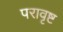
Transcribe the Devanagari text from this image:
परावृष्ट